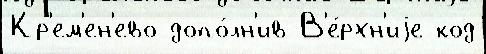
Кр'ем'ен'ево допо́лн'ив В'е́рхн'иjе код